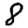
Digit: 8